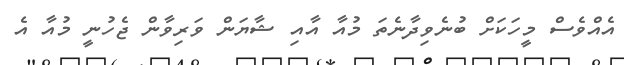
އެއްވެސް މީހަކަށް ބުނެވިދާނެތަ މުއާ އާއި ޝާޔަން ވަރިވާން ޖެހުނީ މުއާ އެ